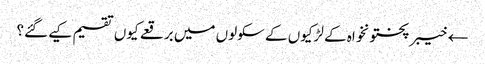
← خیبر پختونخواہ کے لڑکیوں کے سکولوں میں برقعے کیوں تقسیم کیے گئے؟